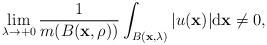
\begin{align*}\lim_{\lambda \to +0}\frac{1}{m(B(\mathbf x,\rho))}\int_{B(\mathbf x,\lambda )}\vert u(\mathbf x)\vert\mathrm d\mathbf x\not=0,\end{align*}